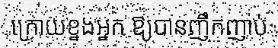
ក្រោយខ្នងអ្នក ឱ្យបានញឹកញាប់